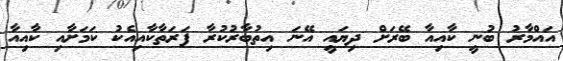
އައްމާރު ބުނީ ކާއިއާ ބޭރަށް ދިޔައީ އޭނަ އިތުބާރުކުރާ ފަރަތާކާއިއެކު ކަމަށާއި ކާއިއާ